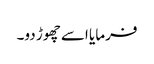
فرمایا اسے چھوڑ دو۔